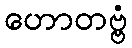
ဟောတဗ္ဗံ